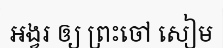
អង្វរ ឲ្យ ព្រះចៅ សៀម